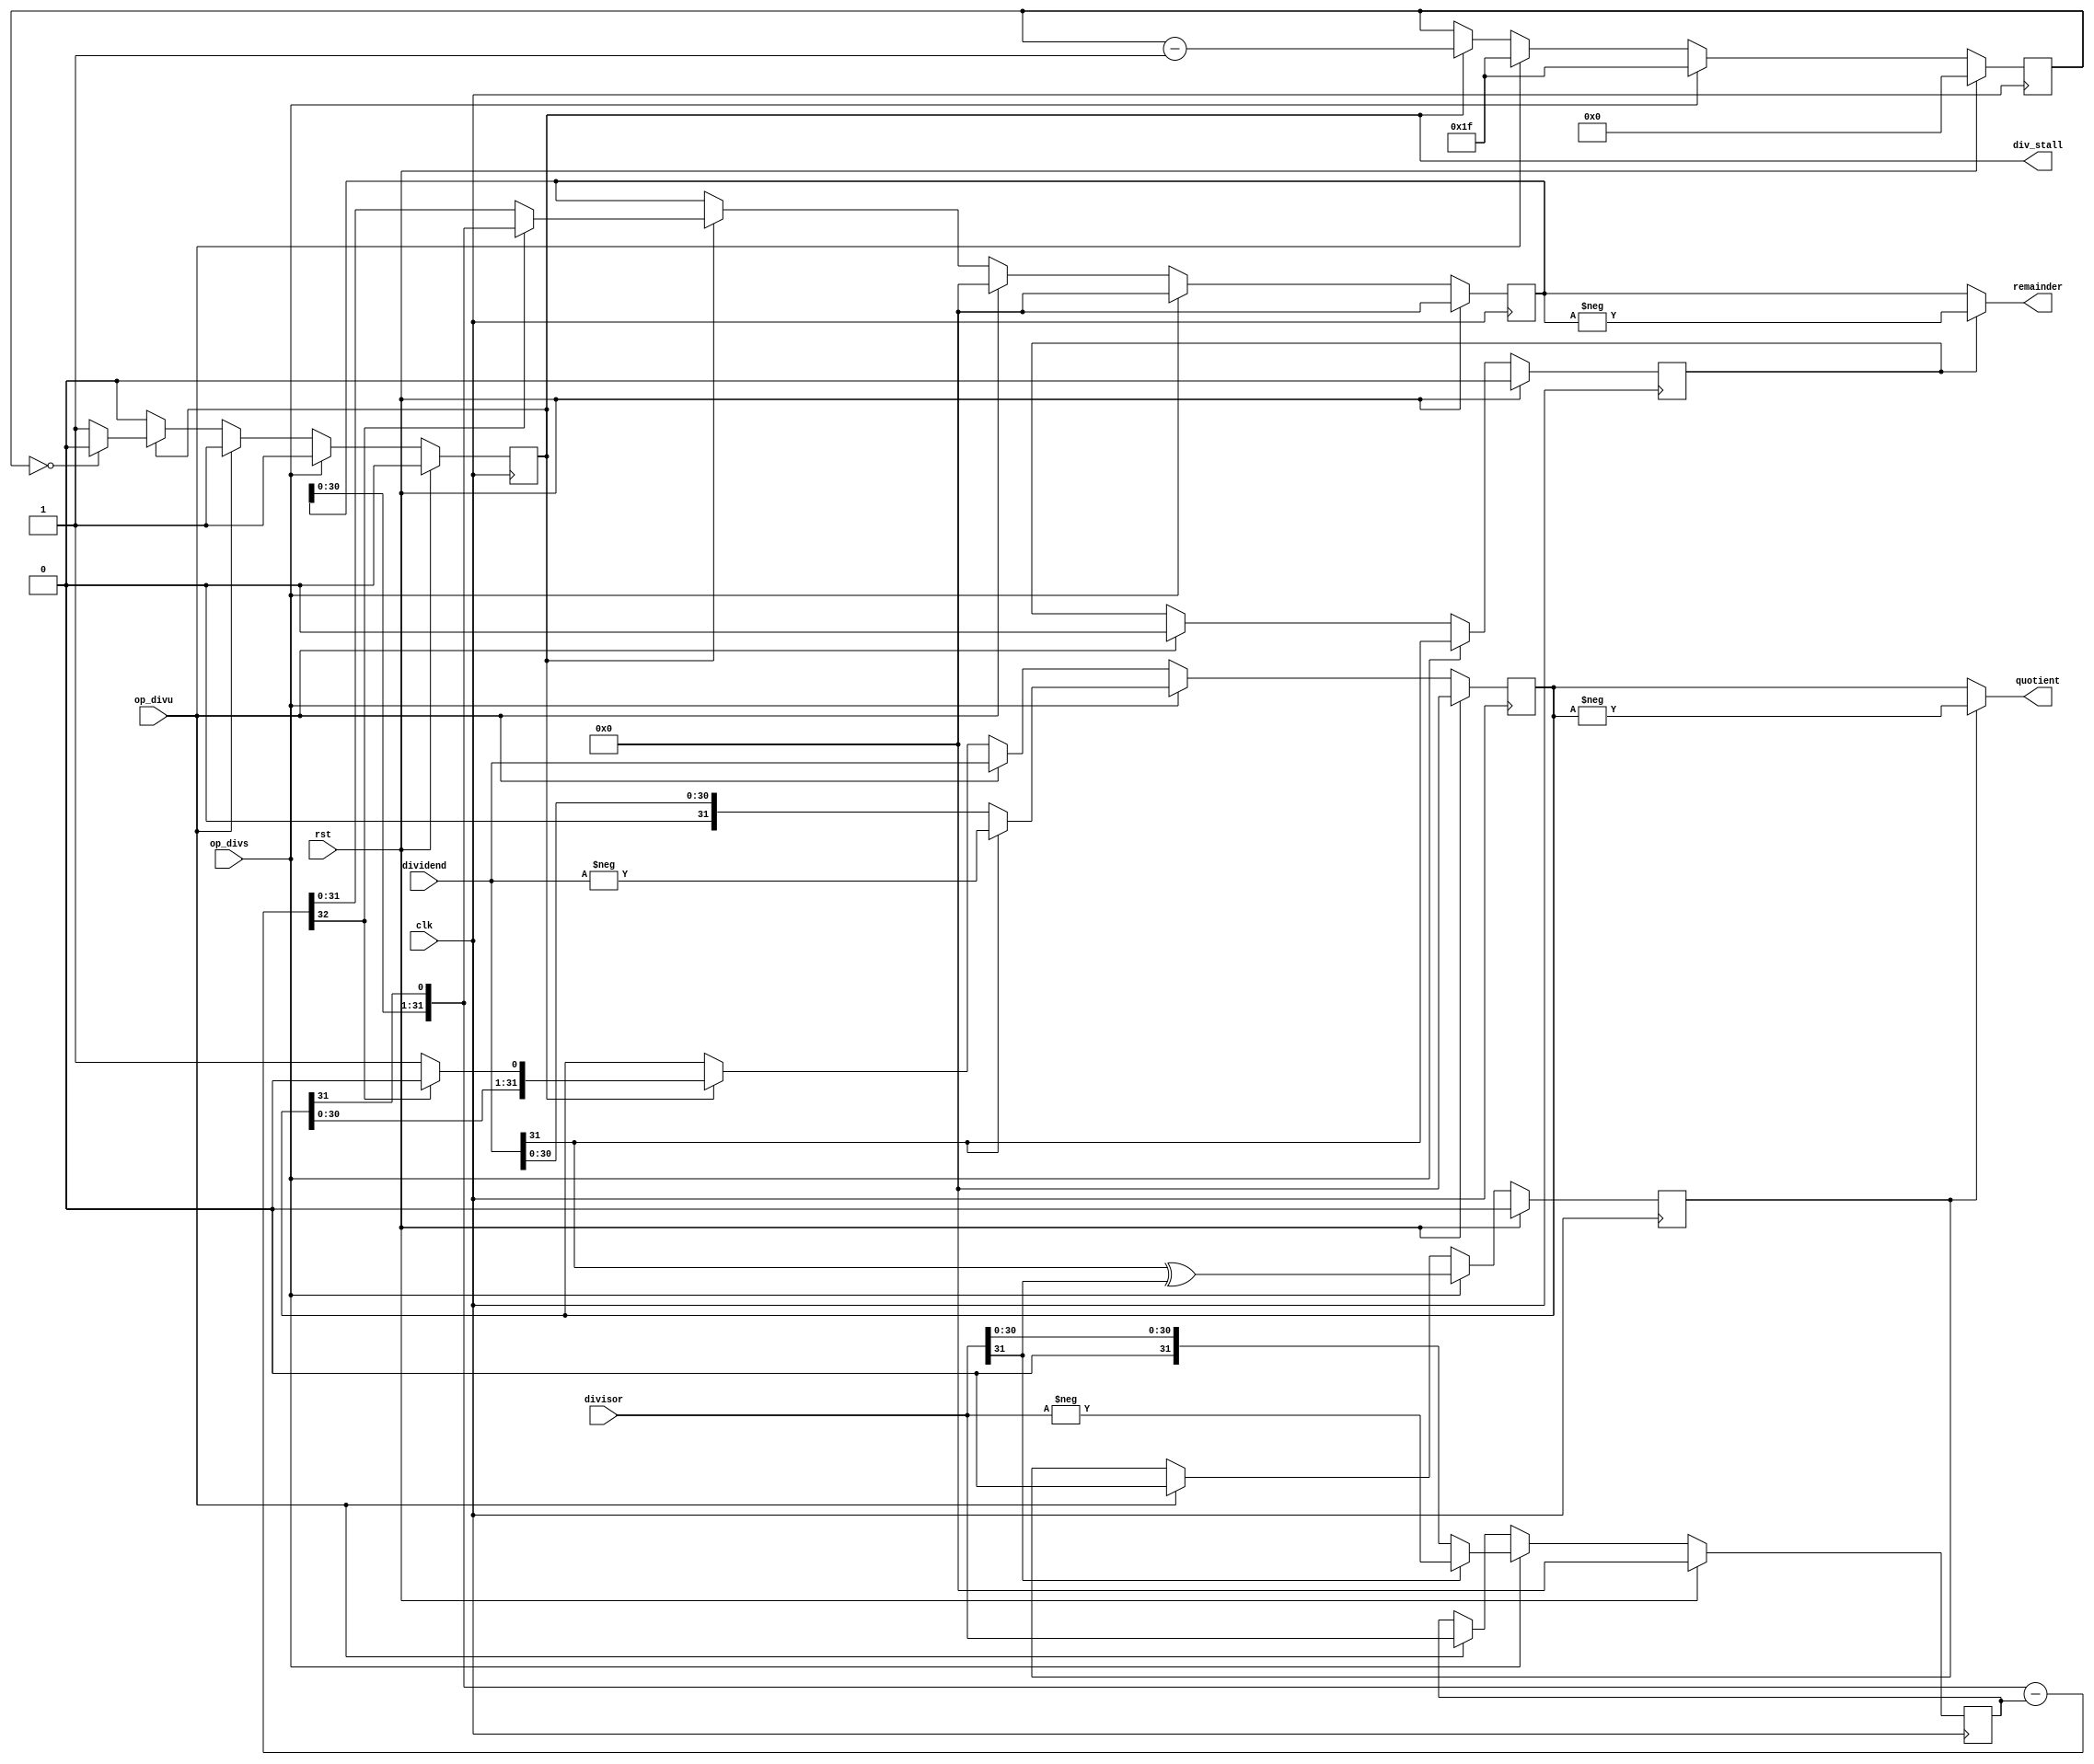
module antares_divider (
                        input         clk,
                        input         rst,
                        input         op_divs,
                        input         op_divu,
                        input [31:0]  dividend,
                        input [31:0]  divisor,
                        output [31:0] quotient,
                        output [31:0] remainder,
                        output        div_stall
                        );

    //--------------------------------------------------------------------------
    // Signal Declaration: reg
    //--------------------------------------------------------------------------
    reg           active;          // 1 while running
    reg           neg_result;      // 1 if the result must be negative
    reg           neg_remainder;   // 1 if the remainder must be negative
    reg [4:0]     cycle;           // number of cycles needed.
    reg [31:0]    result;          // Store the result.
    reg [31:0]    denominator;     // divisor
    reg [31:0]    residual;        // current remainder

    //--------------------------------------------------------------------------
    // Signal Declaration: wire
    //--------------------------------------------------------------------------
    wire [32:0]   partial_sub;        // temp

    //--------------------------------------------------------------------------
    // assignments
    //--------------------------------------------------------------------------
    assign quotient    = !neg_result ? result : -result;
    assign remainder   = !neg_remainder ? residual : -residual;
    assign div_stall   = active;
    assign partial_sub = {residual[30:0], result[31]} - denominator;            // calculate partial result

    //--------------------------------------------------------------------------
    // State Machine. This needs 32 cycles to calculate the result.
    // The result is loaded after 34 cycles
    // The first cycle is setup.
    //--------------------------------------------------------------------------
    always @(posedge clk) begin
        if (rst) begin
            /*AUTORESET*/
            // Beginning of autoreset for uninitialized flops
            active <= 1'h0;
            cycle <= 5'h0;
            denominator <= 32'h0;
            neg_result <= 1'h0;
            neg_remainder <= 1'h0;
            residual <= 32'h0;
            result <= 32'h0;
            // End of automatics
        end
        else begin
            if(op_divs) begin
                // Signed division.
                cycle         <= 5'd31;
                result        <= (dividend[31] == 1'b0) ? dividend : -dividend;
                denominator   <= (divisor[31] == 1'b0) ? divisor : -divisor;
                residual      <= 32'b0;
                neg_result    <= dividend[31] ^ divisor[31];
                neg_remainder <= dividend[31];
                active        <= 1'b1;
            end
            else if (op_divu) begin
                // Unsigned division.
                cycle         <= 5'd31;
                result        <= dividend;
                denominator   <= divisor;
                residual      <= 32'b0;
                neg_result    <= 1'b0;
                neg_remainder <= 1'h0;
                active        <= 1'b1;
            end
            else if (active) begin
                // run a iteration
                if(partial_sub[32] == 1'b0) begin
                    residual <= partial_sub[31:0];
                    result   <= {result[30:0], 1'b1};
                end
                else begin
                    residual <= {residual[30:0], result[31]};
                    result   <= {result[30:0], 1'b0};
                end

                if (cycle == 5'b0) begin
                    active <= 1'b0;
                end

                cycle <= cycle - 5'd1;
            end
        end
    end

endmodule